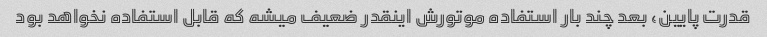
قدرت پایین، بعد چند بار استفاده موتورش اینقدر ضعیف میشه که قابل استفاده نخواهد بود